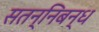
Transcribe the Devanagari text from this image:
सतन्निबन्ध